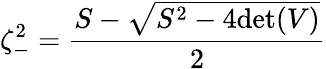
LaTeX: \zeta_{-}^{2}=\frac{S-\sqrt{S^{2}-4\mathrm{det}(V)}}{2}